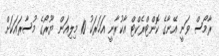
ރާމޯސް ވަނީ އޭނާގެ ކޮންޓްރެކްޓް އާކުރާނީ އަހަރަކު 10 މިލިއަން ޔޫރޯގެ މުސާރައަކަށް